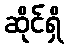
ဆိုင်ရှိ